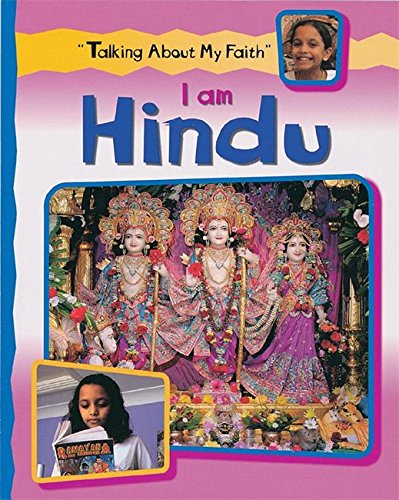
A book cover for I am Hindu (Talking About My Faith); Cath Senker; Children's Books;